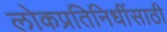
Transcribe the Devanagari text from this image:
लोकप्रतिनिधींसाठी